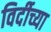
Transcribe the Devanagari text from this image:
विर्दीच्या